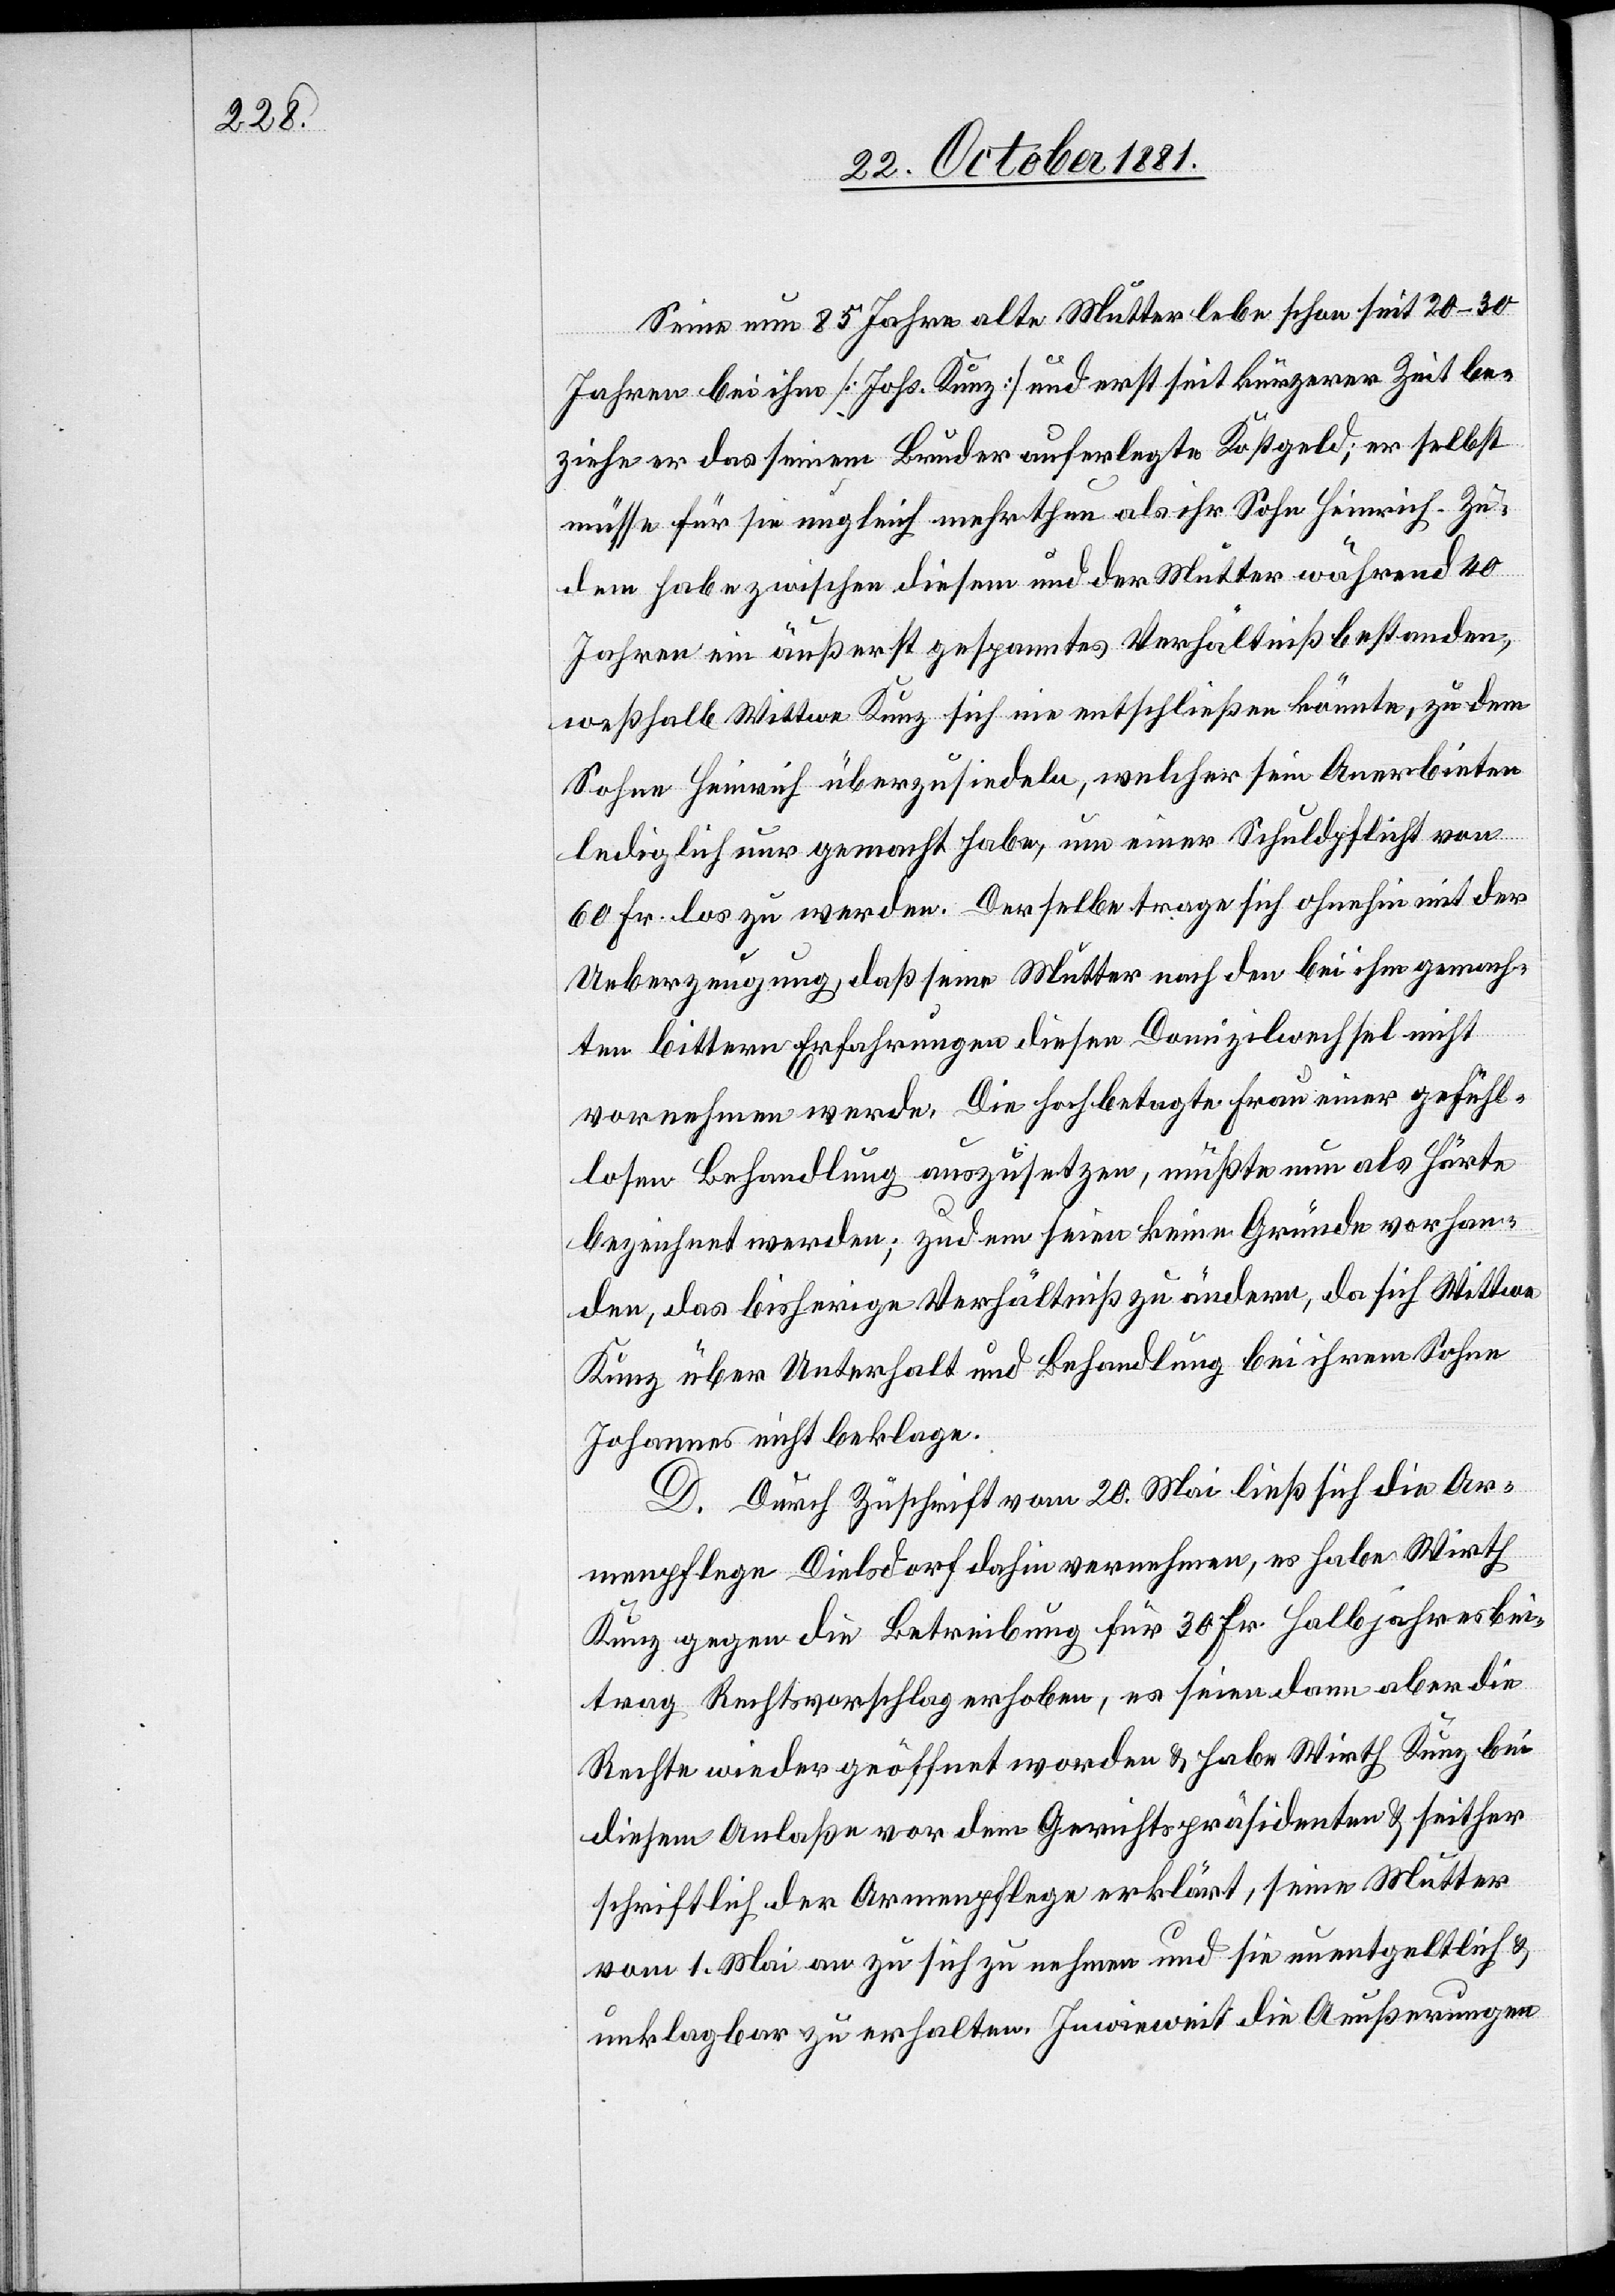
Seine nun 85 Jahre alte Mutter lebe schon seit 20–30
Jahren bei ihm [Johs. Kunz] und erst seit kürzerer Zeit be¬
ziehe er das seinem Bruder auferlegte Kostgeld; er selbst
müsse für sie ungleich mehr thun als ihr Sohn Heinrich. Zu¬
dem habe zwischen diesem und der Mutter während 40
Jahren ein äußerst gespanntes Verhältniß bestanden,
weßhalb Wittwe Kunz sich nie entschließen könnte, zu dem
Sohn Heinrich überzusiedeln, welcher sein Anerbieten
lediglich nur gemacht habe, um einer Schuldpflicht von
60 Fr. los zu werden. Derselbe trage sich ohnehin mit der
Ueberzeugung daß seine Mutter nach den bei ihm gemach¬
ten bittern Erfahrungen diesen Domizilwechsel nicht
vornehmen werde. Die hochbetagte Frau einer gefühl¬
losen Behandlung auszusetzten, müßte nun als Härte
bezeichnet werden; zudem seien keine Gründe vorhan¬
den, das bisherige Verhältnis zu ändern, da sich Wittwe
Kunz über Unterhalt und Behandlung bei ihrem Sohn
Johannes nicht beklage.
D. Durch Zuschrift vom 20. Mai ließ sich die Ar¬
menpflege Dielsdorf dahin vernehmen, es habe Wirth
Kunz gegen die Betreibung für 30 Fr. Halbjahresbei¬
trag Rechtsvorschlag erhoben, es seien dann aber die
Rechte wieder geöffnet worden & habe Wirth Kunz bei
diesem Anlaße vor dem Gerichtspräsidenten & seither
schriftlich der Armenpflege erklärt, seine Mutter
vom 1. Mai an zu sich zu nehmen und sie unentgeltlich &
unklagbar zu erhalten. Inwieweit die Aeußerungen